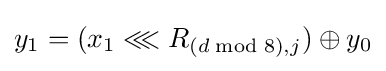
y_{1}=(x_{1}\lll R_{(d{\bmod {8}}),j})\oplus y_{0}